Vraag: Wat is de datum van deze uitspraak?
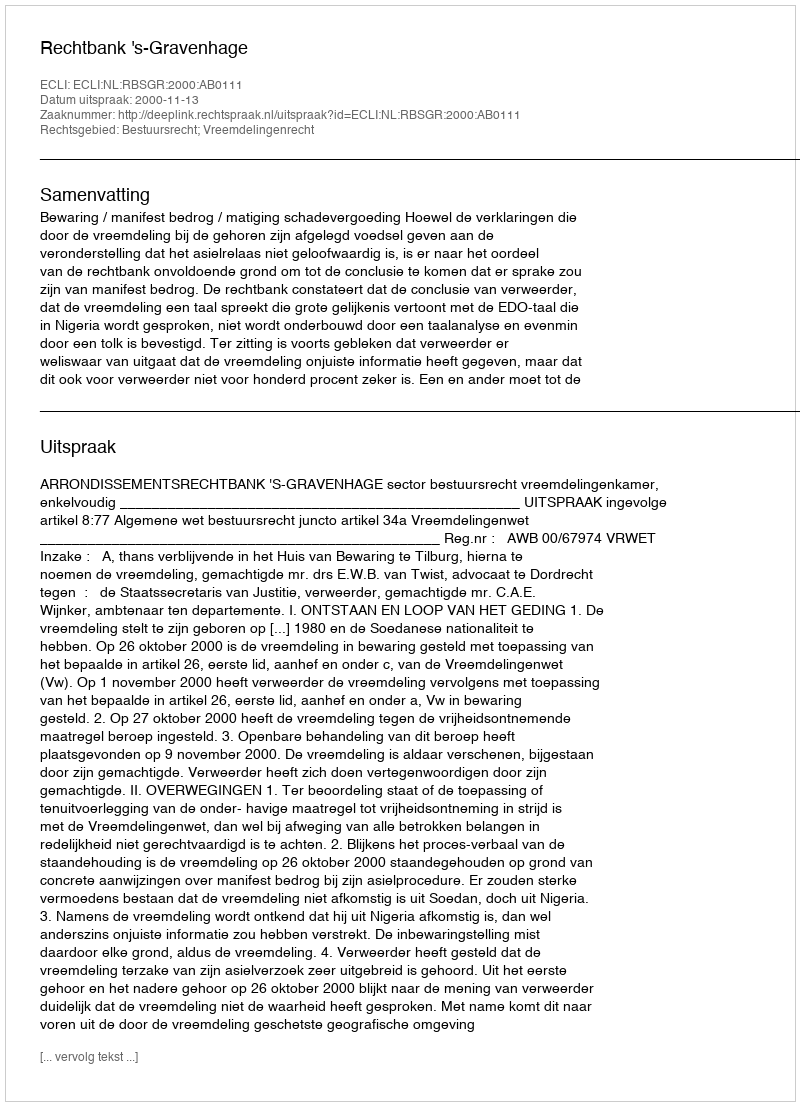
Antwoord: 2000-11-13